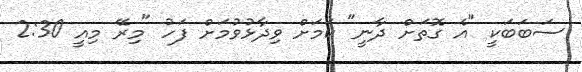
ސަބަބަކީ "އެ ގޮތަށް ދާނީ" ކަމަށް ވިދާޅުވުމަށް ފަހު "މިރޭ މިއީ 2:30